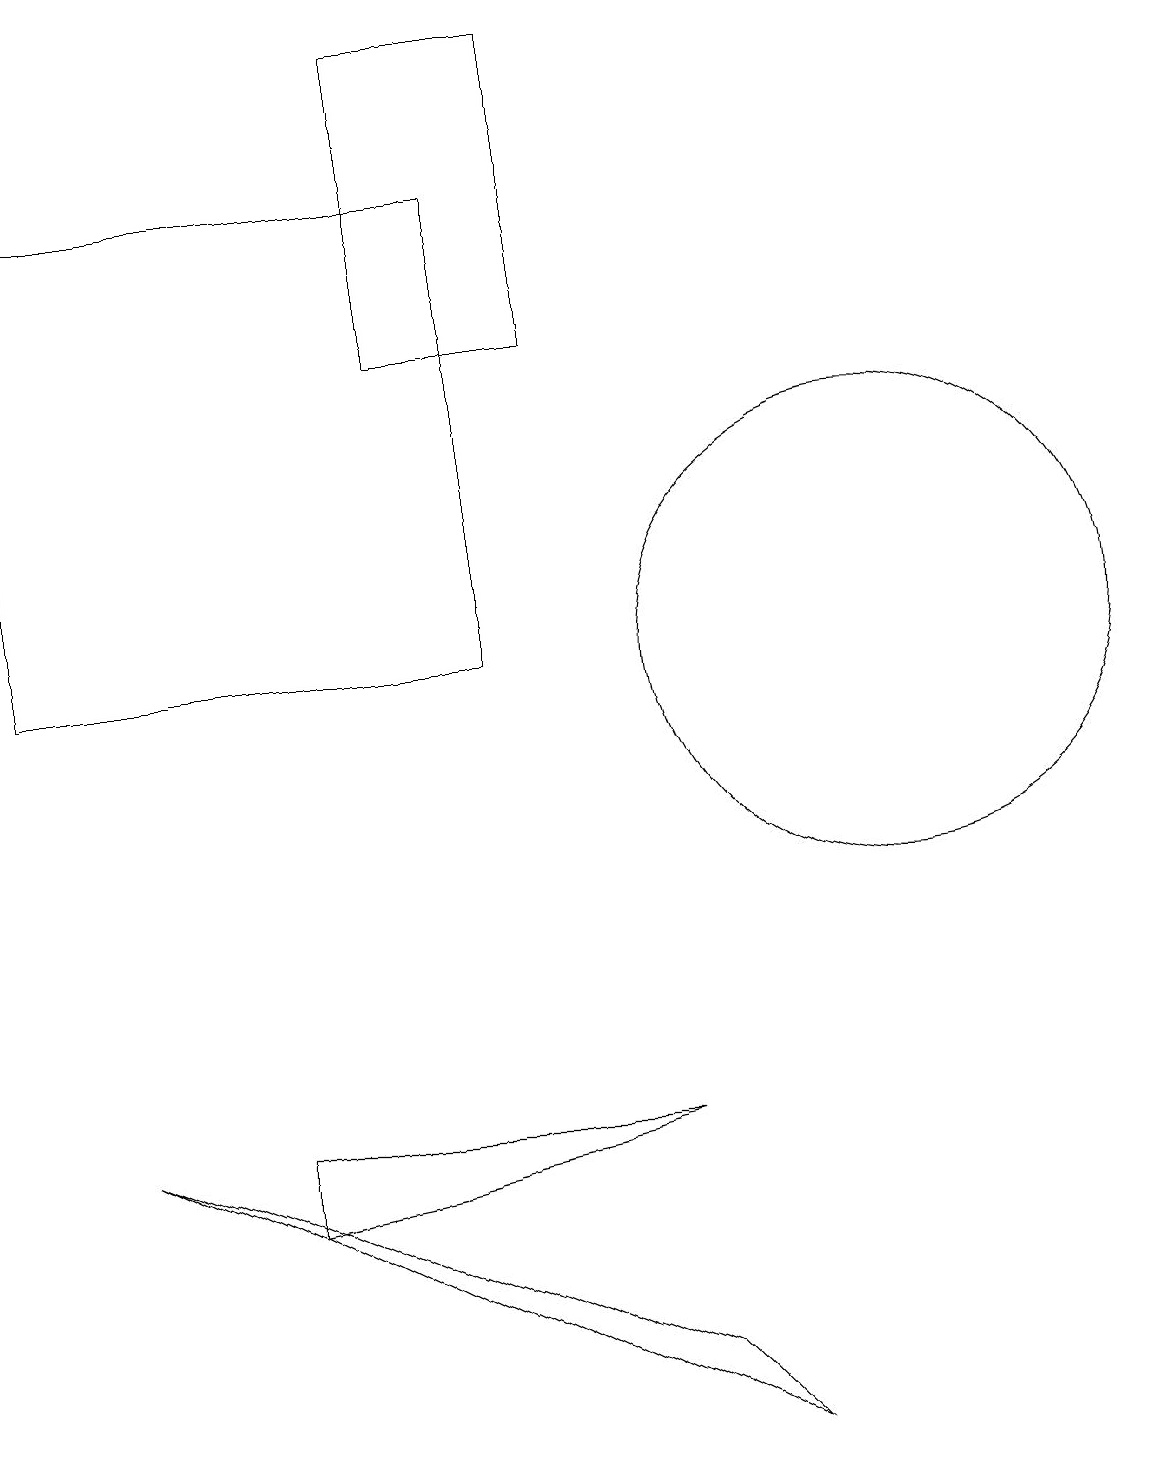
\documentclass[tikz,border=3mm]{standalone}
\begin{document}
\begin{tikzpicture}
\draw (5,15) rectangle (7,19);
\draw (0,11) rectangle (6,17);
\draw (11,11) circle (3);
\draw (8,5) -- (3,5) -- (3,4) -- cycle;
\draw (1,5) -- (9,1) -- (8,2) -- cycle;
\draw (3,11) rectangle (4,11);
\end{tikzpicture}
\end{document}